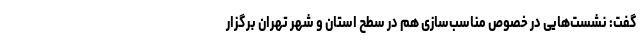
گفت: نشست‌هایی در خصوص مناسب‌سازی هم در سطح استان و شهر تهران برگزار